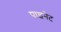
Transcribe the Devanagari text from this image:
पाइनेट